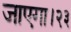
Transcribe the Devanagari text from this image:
जाएगा।२३